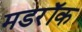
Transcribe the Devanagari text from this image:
मडरॉक